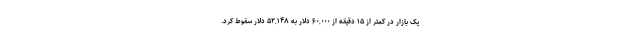
یک بازار در کمتر از ۱۵ دقیقه از ۶۰,۰۰۰ دلار به ۵۲,۱۴۸ دلار سقوط کرد.